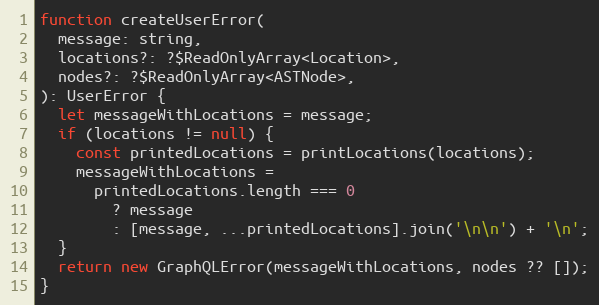
Language: JavaScript
function createUserError(
  message: string,
  locations?: ?$ReadOnlyArray<Location>,
  nodes?: ?$ReadOnlyArray<ASTNode>,
): UserError {
  let messageWithLocations = message;
  if (locations != null) {
    const printedLocations = printLocations(locations);
    messageWithLocations =
      printedLocations.length === 0
        ? message
        : [message, ...printedLocations].join('\n\n') + '\n';
  }
  return new GraphQLError(messageWithLocations, nodes ?? []);
}